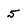
Character: 5